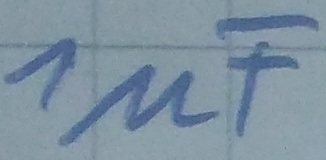
Text: 1µF